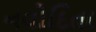
નવોદિતા